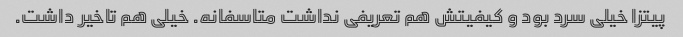
پیتزا خیلی سرد بود و کیفیتش هم تعریفی نداشت متاسفانه. خیلی هم تاخیر داشت.